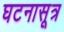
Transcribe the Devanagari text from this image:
घटनासूत्र